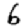
Digit: 6